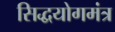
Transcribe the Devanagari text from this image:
सिद्धयोगमंत्र